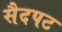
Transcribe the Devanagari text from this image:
सैदपट